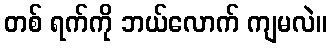
တစ် ရက်ကို ဘယ်လောက် ကျမလဲ။